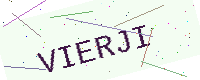
Text: VIERJI